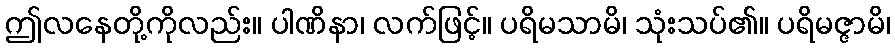
ဤလနေတို့ကိုလည်း။ ပါဏိနာ၊ လက်ဖြင့်။ ပရိမသာမိ၊ သုံးသပ်၏။ ပရိမဇ္ဇာမိ၊